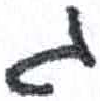
אות: ג